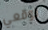
توقعي